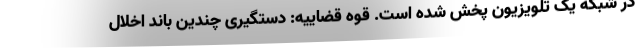
در شبکه یک تلویزیون پخش شده است. قوه قضاییه: دستگیری چندین باند اخلال